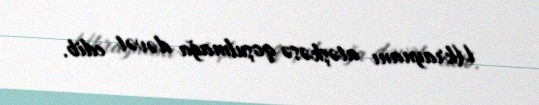
Ukraynanı atəşkəsə qoşulmağa dəvət edib.